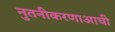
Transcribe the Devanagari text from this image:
नुतनीकरणाआधी